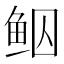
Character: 𱇠